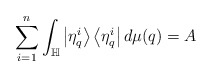
\begin{align*}\sum_{i=1}^{n}\int_{\mathbb{H}}\left|\eta_{q}^{i}\right\rangle\left\langle \eta_{q}^{i}\right|d\mu(q)=A\end{align*}